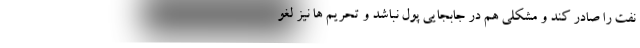
نفت را صادر کند و مشکلی هم در جابجایی پول نباشد و تحریم ها نیز لغو